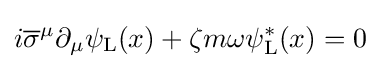
i{\overline {\sigma }}^{\mu }\partial _{\mu }\psi _{\rm {L}}(x)+\zeta m\omega \psi _{\rm {L}}^{*}(x)=0